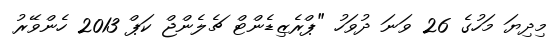
މިދިޔަ މަހުގެ 26 ވަނަ ދުވަހު "ޕްރެޒިޑެންޓް ޗެލެންޖް ކަޕް 2013 ހެންވޭރު